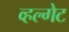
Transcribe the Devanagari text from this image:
व्हल्गेट